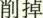
削掉